Leaving Certificate Examination, 1919
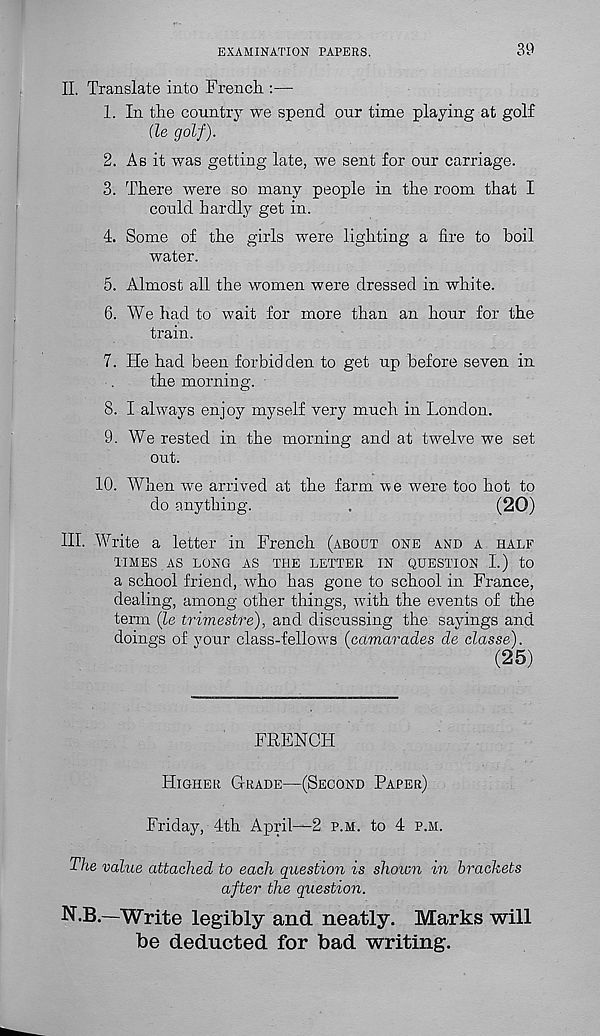
EXAMINATION PAPERS.
39
II. Translate into French.:—
1. In the country we spend our time playing at golf
(le golf).
2. As it was getting late, we sent for our carriage.
3. There were so many people in the room that I
could hardly get in.
4. Some of the girls were lighting a fire to boil
water.
5. Almost all the women were dressed in white.
6. We had to wait for more than an hour for the
train.
7. He had been forbidden to get up before seven in
the morning.
8. I always enjoy myself very much in London.
9. We rested in the morning and at twelve we set
out.
10. When we arrived at the farm ve were too hot to
do anything.
.
(20)
III. Write a letter in French (about one and a half
TIMES AS LONG AS THE LETTER IN QUESTION I.) to
a school friend, who has gone to school in France,
dealing, among other things, with the events of the
term (Ze trimestre), and discussing the sayings and
doings of your class-fellows (camarades de classe).
(25)
FRENCH
Higher Grade—(Second Paper)
Friday, 4th April—2 p.m. to 4 p.m.
The value attached to each question is shown in brackets
after the question.
N.B.—Write legibly and neatly. Marks will
be deducted for bad writing.